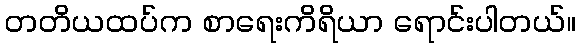
တတိယထပ်က စာရေးကိရိယာ ရောင်းပါတယ်။